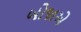
બોજાએ